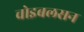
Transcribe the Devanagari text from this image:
चोइबलसन